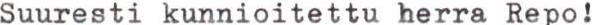
Suuresti kunnioitettu herra Repo!